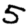
Digit: 5